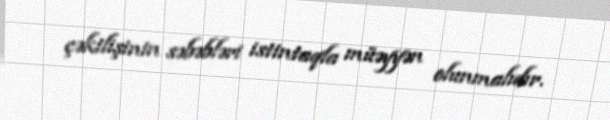
çəkilişinin səbəbləri istintaqla müəyyən olunmalıdır.